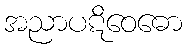
အညာပဋိဝေဓော